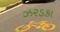
ઝરડકા